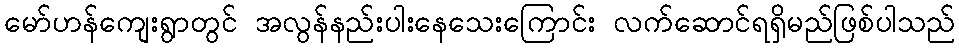
မော်ဟန်ကျေးရွာတွင် အလွန်နည်းပါးနေသေးကြောင်း လက်ဆောင်ရရှိမည်ဖြစ်ပါသည်